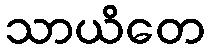
သာယိတေ